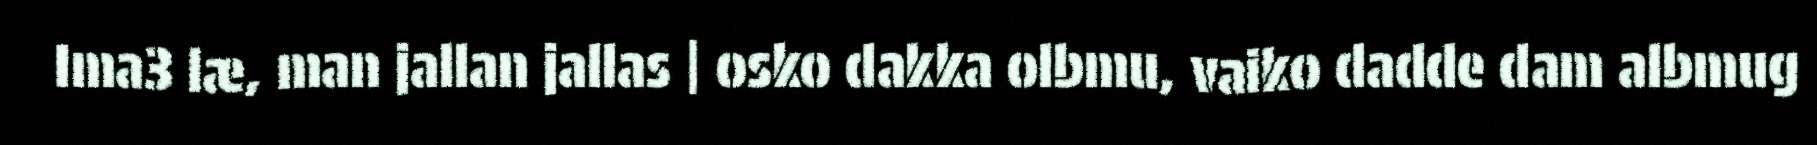
Ima3 læ, man jallan jallas | osko dakka olbmu, vaiko dadde dam albmug